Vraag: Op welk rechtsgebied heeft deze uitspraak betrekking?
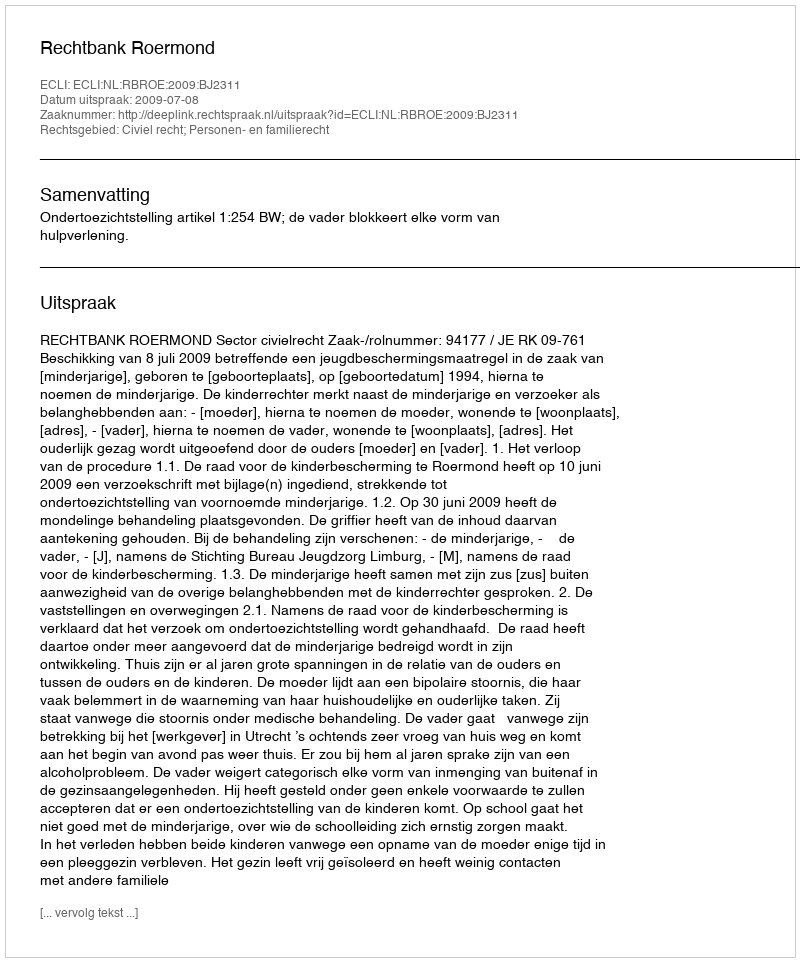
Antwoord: Civiel recht; Personen- en familierecht